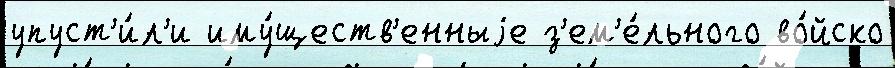
упуст'и́л'и иму́ществ'енныjе з'ем'е́льного во́йско